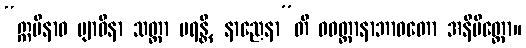
“ဣမိနာဝ ဗျာဓိနာ သတ္တာ မရန္တိ, နာညေနာ”တိ ဝဝတ္ထာနာဘာဝတော အနိမိတ္တော။